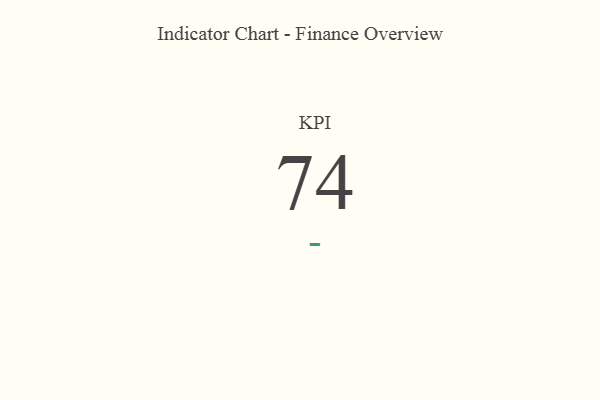
{"axis": {"x": "KPI", "y": "Value"}, "legend": [""], "data": [{"x": "KPI", "y": 74, "type": ""}]}